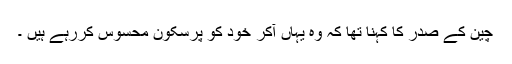
چین کے صدر کا کہنا تھا کہ وہ یہاں آکر خود کو پرسکون محسوس کررہے ہیں ۔